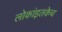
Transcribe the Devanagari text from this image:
लोकांइतकेच